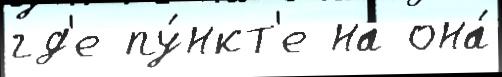
гд'е пу́нкт'е на она́